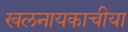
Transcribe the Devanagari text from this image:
खलनायकाचीया